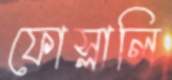
ফোস্‌লালি